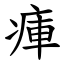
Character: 㾝